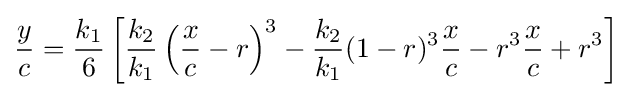
{\frac {y}{c}}={\frac {k_{1}}{6}}\left[{\frac {k_{2}}{k_{1}}}\left({\frac {x}{c}}-r\right)^{3}-{\frac {k_{2}}{k_{1}}}(1-r)^{3}{\frac {x}{c}}-r^{3}{\frac {x}{c}}+r^{3}\right]